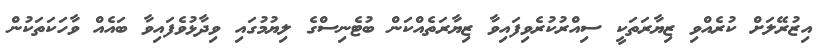
އިޒުރޭލަށް ކުރެއްވި ޒިޔާރަތަކީ ސިއްރުކުރެވިފައިވާ ޒިޔާރަތެއްކަން ބުޓެނިސްގެ ލިޔުމުގައި ވިދާޅުވެފައިވާ ބައެއް ވާހަކަތަކުން